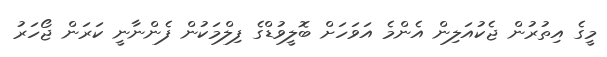
މީގެ އިތުރުން ޖެކުއަލިން އެންމެ އަވަހަށް ބޮލީވުޑްގެ ފިލްމަކުން ފެންނާނީ ކަރަން ޖޯހަރު